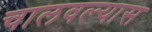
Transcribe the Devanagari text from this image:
चालवल्यास